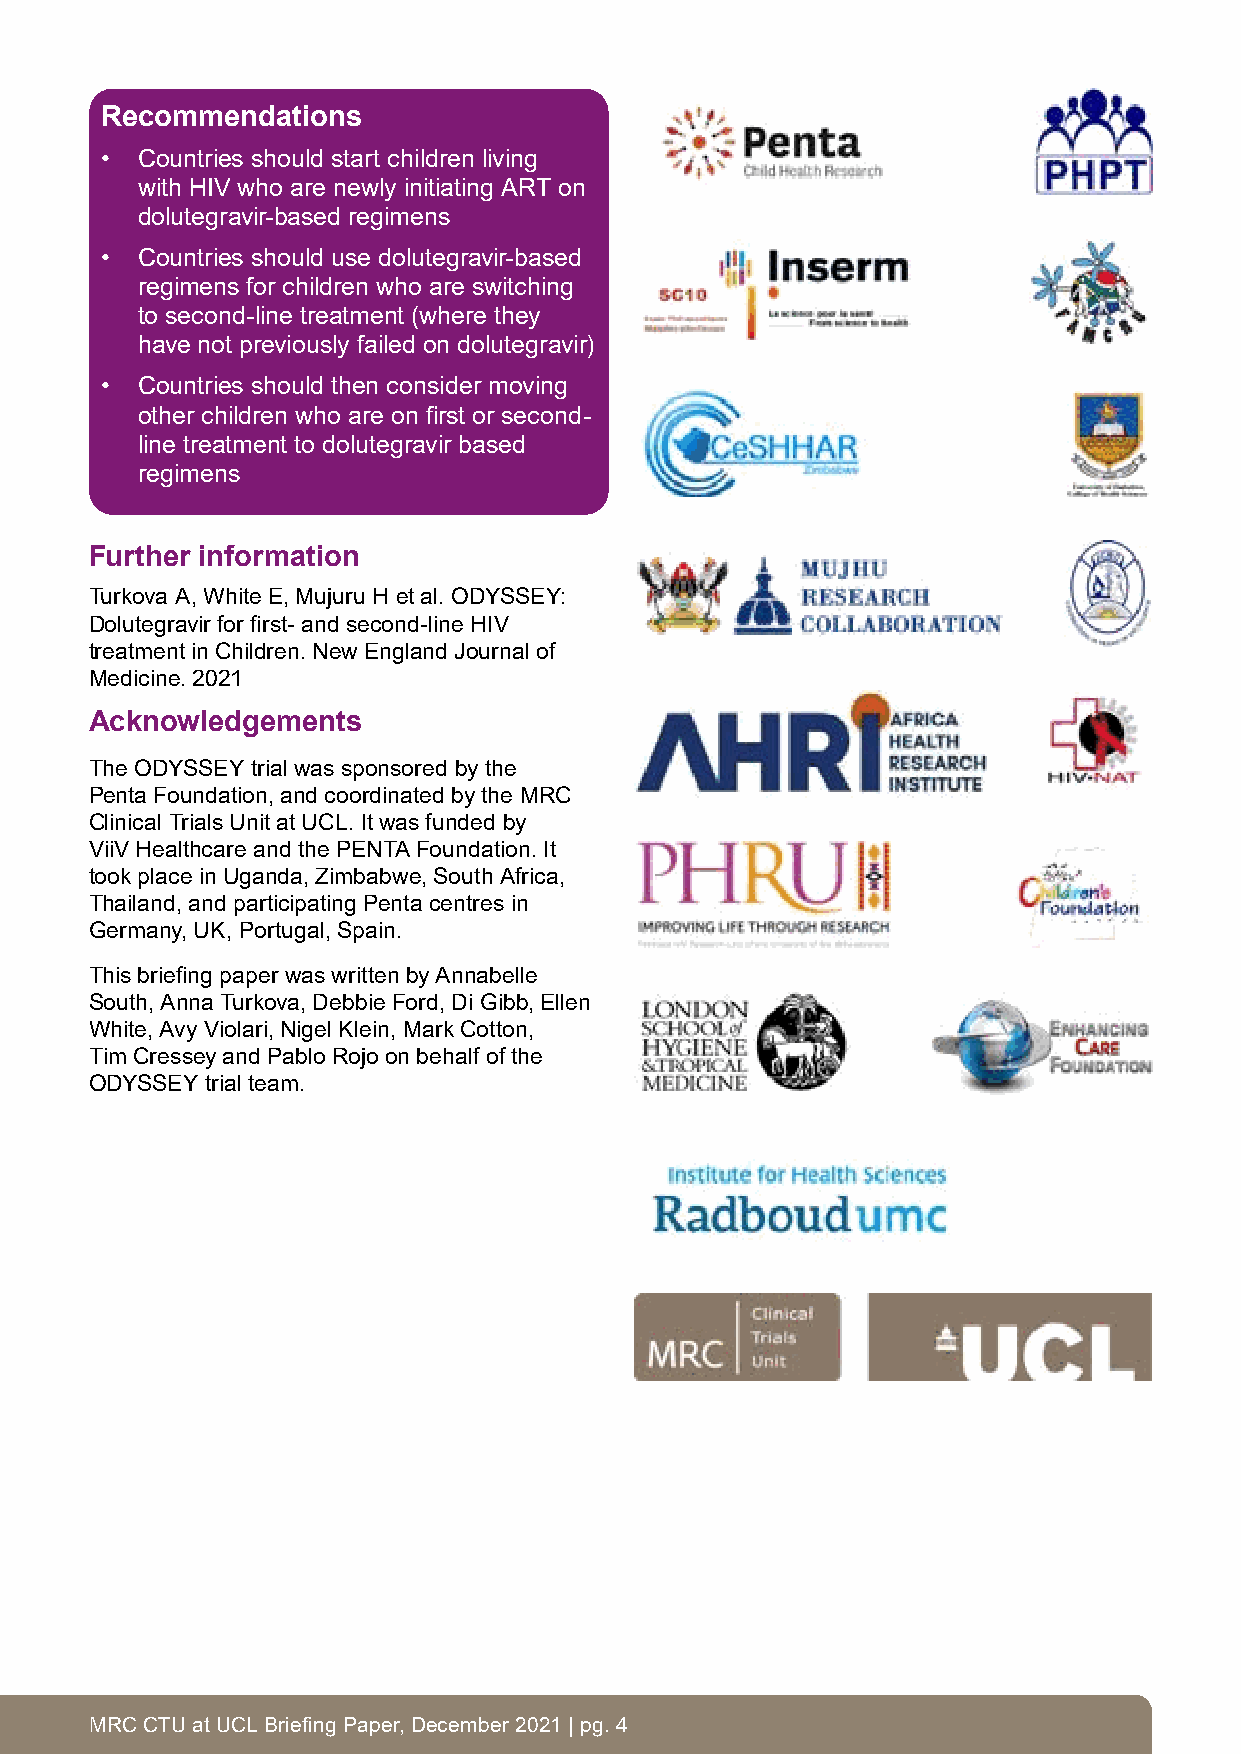
Recommendations
 • Countries should start children living
 with HIV who are newly initiating ART on
 dolutegravir-based regimens
 • Countries should use dolutegravir-based
 regimens for children who are switching
 to second-line treatment (where they
 have not previously failed on dolutegravir)
 • Countries should then consider moving
 other children who are on first or second-
 line treatment to dolutegravir based
 regimens
 Further information
 Turkova A, White E, Mujuru H et al. ODYSSEY:
 Dolutegravir for first- and second-line HIV
 treatment in Children. New England Journal of
 Medicine. 2021
 Acknowledgements
 The ODYSSEY trial was sponsored by the
 Penta Foundation, and coordinated by the MRC
 Clinical Trials Unit at UCL. It was funded by
 ViiV Healthcare and the PENTA Foundation. It
 took place in Uganda, Zimbabwe, South Africa,
 Thailand, and participating Penta centres in
 Germany, UK, Portugal, Spain.
 This briefing paper was written by Annabelle
 South, Anna Turkova, Debbie Ford, Di Gibb, Ellen
 White, Avy Violari, Nigel Klein, Mark Cotton,
 Tim Cressey and Pablo Rojo on behalf of the
 ODYSSEY trial team.
 MRC CTU at UCL Briefing Paper, December 2021 | pg. 4